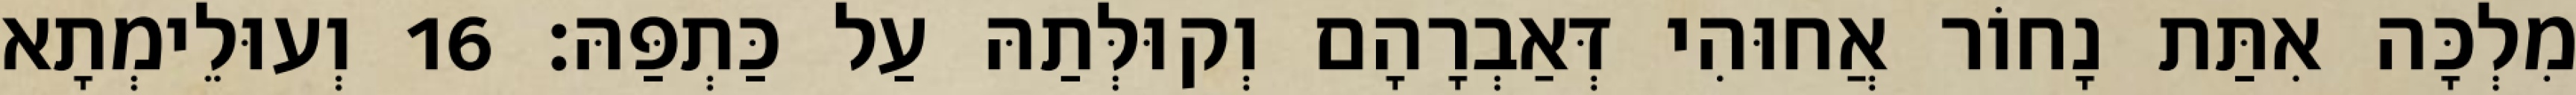
מִלְכָּה אִתַּת נָחוֹר אֲחוּהִי דְּאַבְרָהָם וְקוּלְּתַהּ עַל כַּתְפַּהּ׃ 16 וְעוּלֵימְתָא